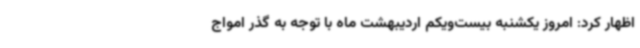
اظهار کرد: امروز یکشنبه بیست‌ویکم اردیبهشت ماه با توجه به گذر امواج